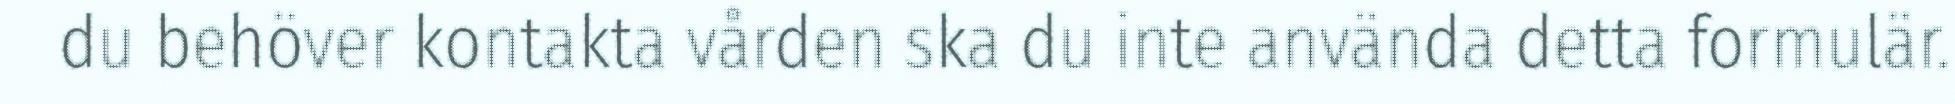
du behöver kontakta vården ska du inte använda detta formulär.